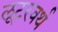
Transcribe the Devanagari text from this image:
लूटरवर्थ